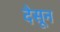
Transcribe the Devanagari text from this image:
देसून